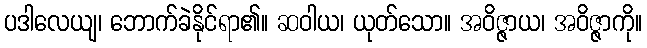
ပဒါလေယျ၊ ဘောက်ခဲနိုင်ရာ၏။ ဆဝါယ၊ ယုတ်သော။ အဝိဇ္ဇာယ၊ အဝိဇ္ဇာကို။